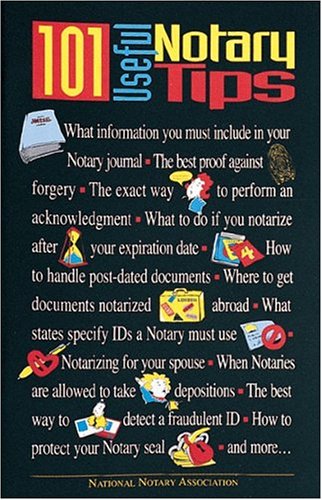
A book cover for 101 Useful Notary Tips; National Notary Association; Law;